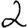
Digit: 2